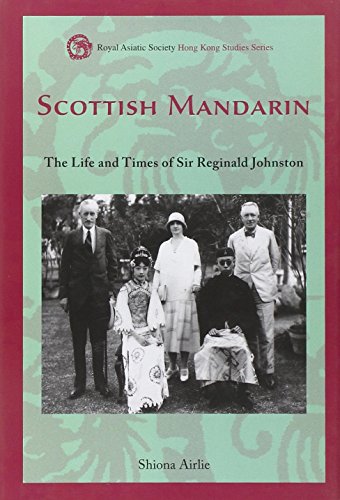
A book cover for Scottish Mandarin: The Life and Times of Sir Reginald Johnston (Royal Asiatic Society Hong Kong Studies Series); Shiona Airlie; History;